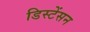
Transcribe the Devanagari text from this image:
डिस्टेंसन